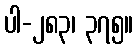
ပါ-၂၈၃၊ ၃၇၅။